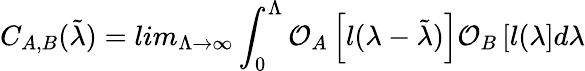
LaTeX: C_{A,B}(\tilde{\lambda})=lim_{\Lambda\to\infty}\int_{0}^{\Lambda}\mathcal O_{A}\left[l(\lambda-\tilde{\lambda})\right]\mathcal O_{B}\left[l(\lambda\right]d\lambda